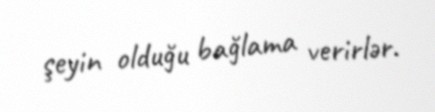
şeyin olduğu bağlama verirlər.